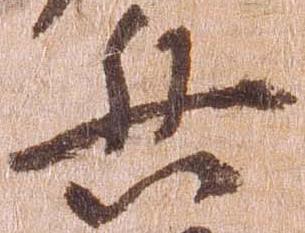
兵